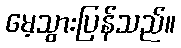
မေ့သွားပြန်သည်။